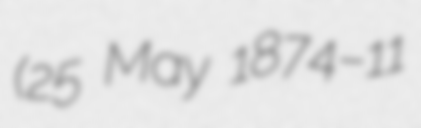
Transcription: (25 May 1874–11